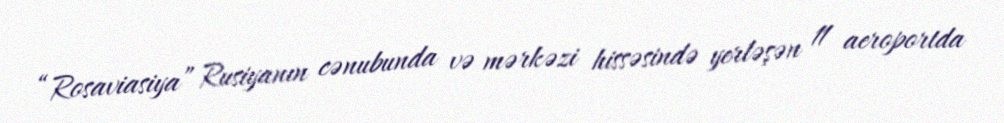
“Rosaviasiya” Rusiyanın cənubunda və mərkəzi hissəsində yerləşən 11 aeroportda